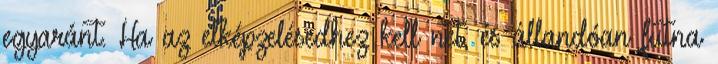
egyaránt. Ha az elképzelésedhez kell net, és állandóan futna